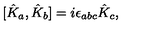
[ \hat { K } _ { a } , \hat { K } _ { b } ] = i \epsilon _ { a b c } \hat { K } _ { c } ,